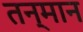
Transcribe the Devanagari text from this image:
तन्मान